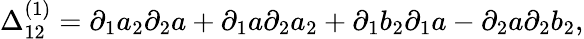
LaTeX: \Delta_{12}^{(1)}=\partial_{1}a_{2}\partial_{2}a+\partial_{1}a\partial_{2}a_{2}+\partial_{1}b_{2}\partial_{1}a-\partial_{2}a\partial_{2}b_{2},